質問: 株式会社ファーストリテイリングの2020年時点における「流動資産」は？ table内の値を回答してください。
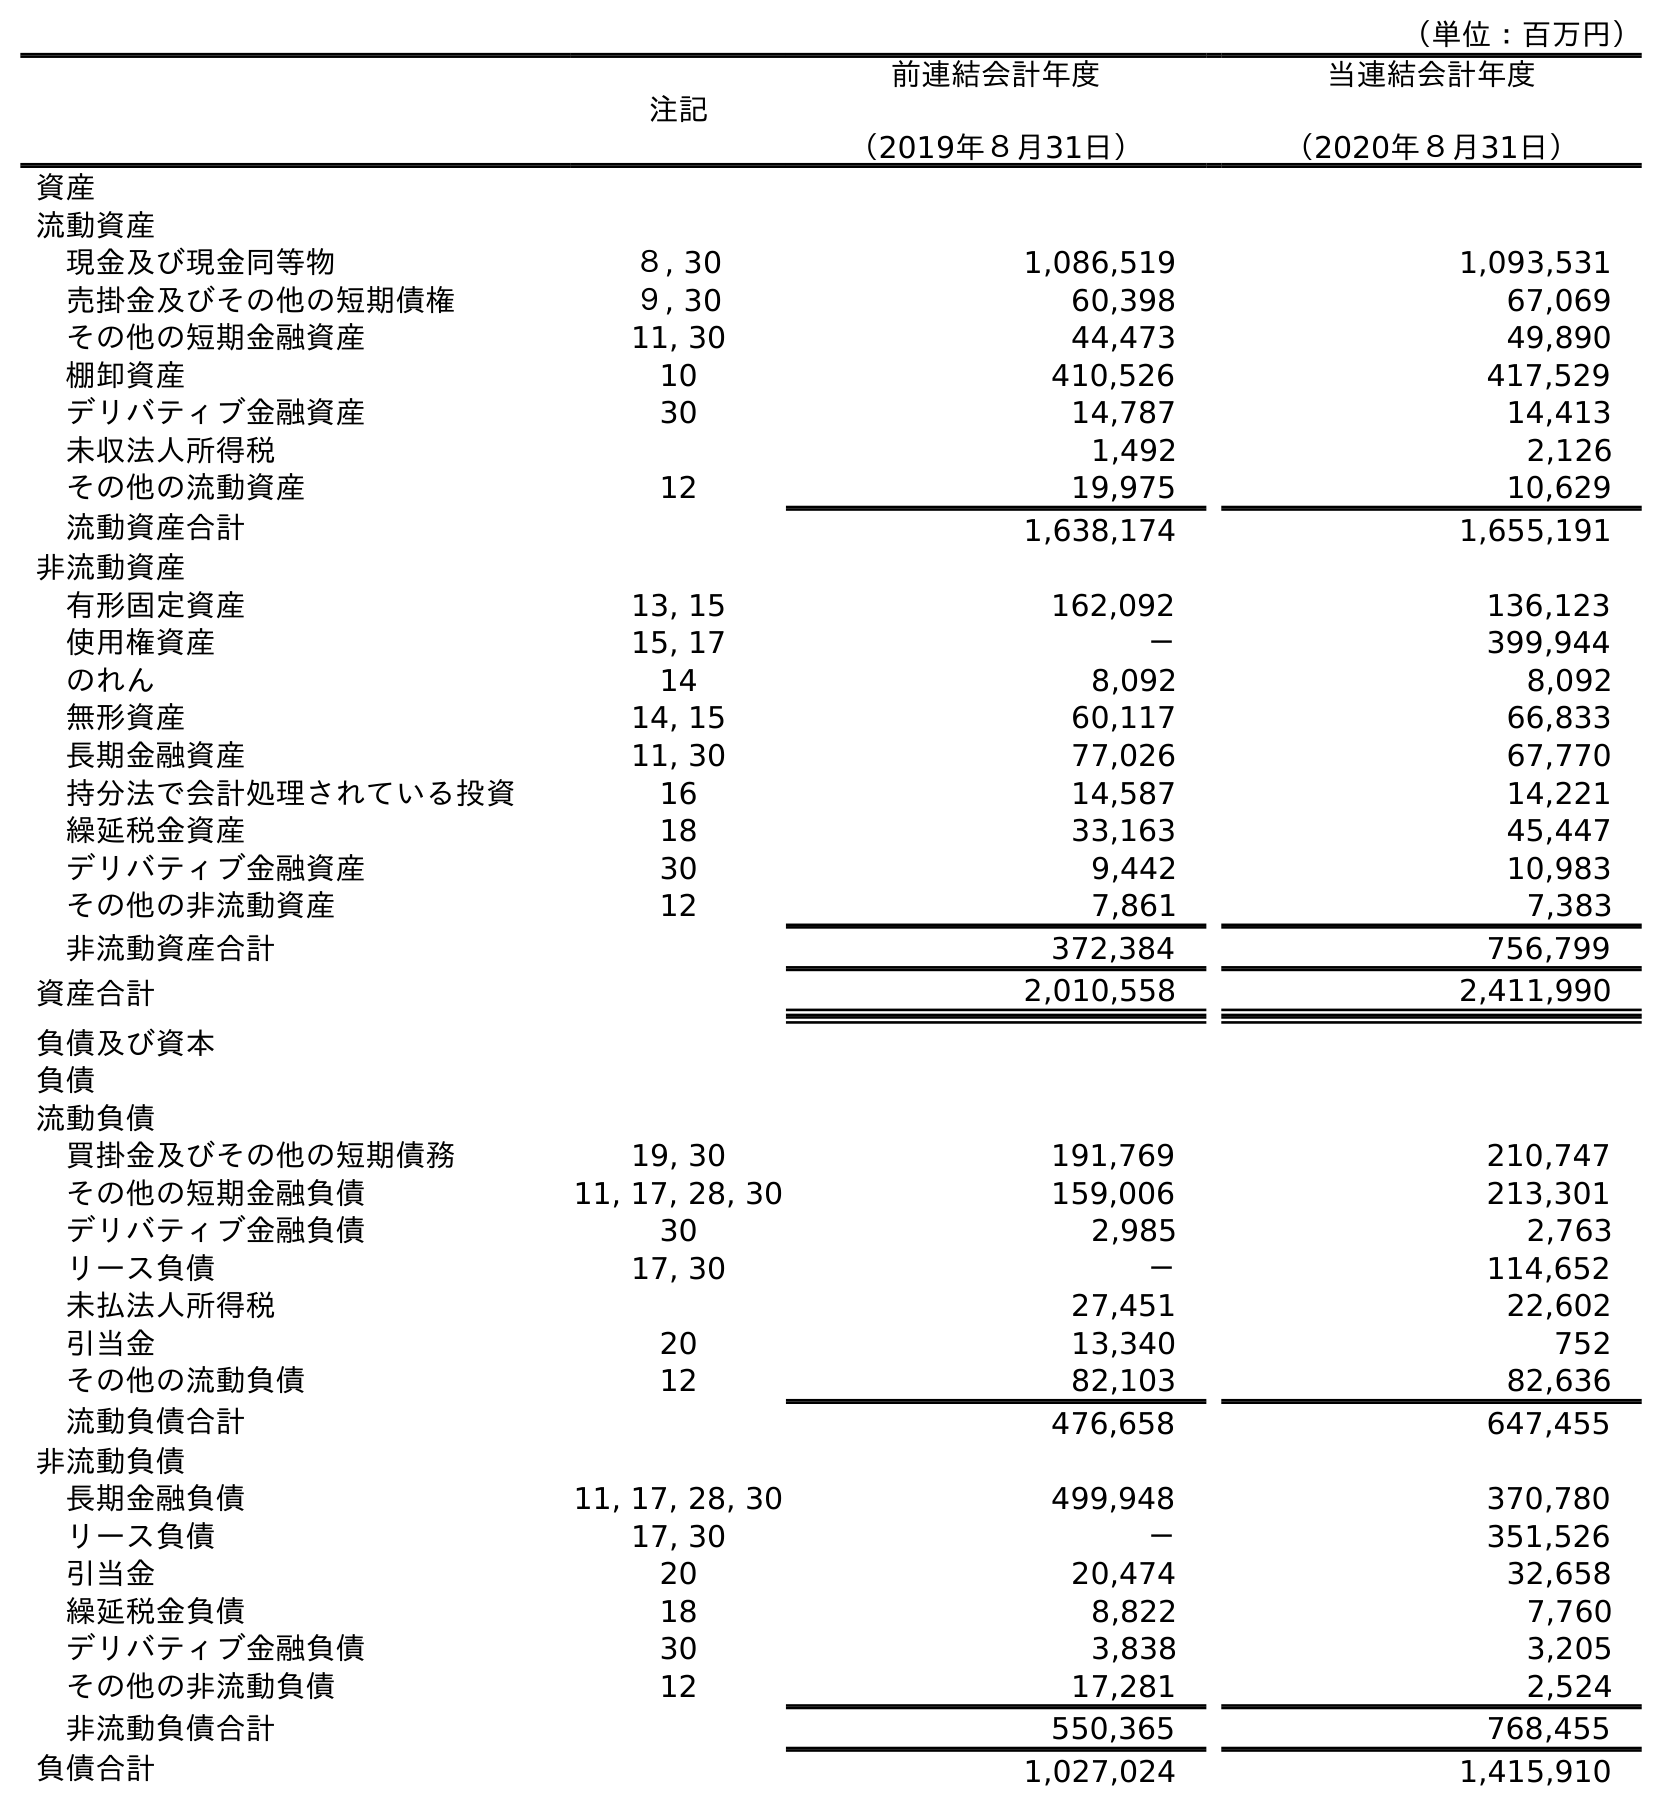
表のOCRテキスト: （単位：百万円） 注記 前連結会計年度 （2019年８月31日） 当連結会計年度 （2020年８月31日） 資産 流動資産 現金及び現金同等物 ８, 30 1,086,519 1,093,531 売掛金及びその他の短期債権 ９, 30 60,398 67,069 その他の短期金融資産 11, 30 44,473 49,890 棚卸資産 10 410,526 417,529 デリバティブ金融資産 30 14,787 14,413 未収法人所得税 1,492 2,126 その他の流動資産 12 19,975 10,629 流動資産合計 1,638,174 1,655,191 非流動資産 有形固定資産 13, 15 162,092 136,123 使用権資産 15, 17 － 399,944 のれん 14 8,092 8,092 無形資産 14, 15 60,117 66,833 長期金融資産 11, 30 77,026 67,770 持分法で会計処理されている投資 16 14,587 14,221 繰延税金資産 18 33,163 45,447 デリバティブ金融資産 30 9,442 10,983 その他の非流動資産 12 7,861 7,383 非流動資産合計 372,384 756,799 資産合計 2,010,558 2,411,990 負債及び資本 負債 流動負債 買掛金及びその他の短期債務 19, 30 191,769 210,747 その他の短期金融負債 11, 17, 28, 30 159,006 213,301 デリバティブ金融負債 30 2,985 2,763 リース負債 17, 30 － 114,652 未払法人所得税 27,451 22,602 引当金 20 13,340 752 その他の流動負債 12 82,103 82,636 流動負債合計 476,658 647,455 非流動負債 長期金融負債 11, 17, 28, 30 499,948 370,780 リース負債 17, 30 － 351,526 引当金 20 20,474 32,658 繰延税金負債 18 8,822 7,760 デリバティブ金融負債 30 3,838 3,205 その他の非流動負債 12 17,281 2,524 非流動負債合計 550,365 768,455 負債合計 1,027,024 1,415,910
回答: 1,655,191